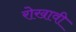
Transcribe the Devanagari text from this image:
रोखावी